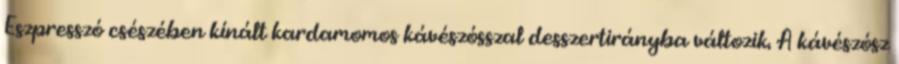
Eszpresszó csészében kínált kardamomos kávészósszal desszertirányba változik. A kávészósz